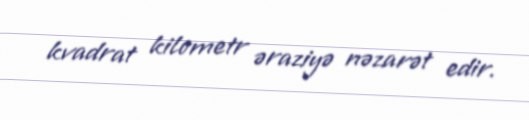
kvadrat kilometr əraziyə nəzarət edir.